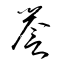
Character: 誉